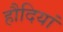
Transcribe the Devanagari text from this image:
हौदियां